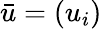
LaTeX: \bar{u}=(u_{i})